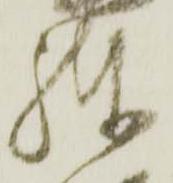
練